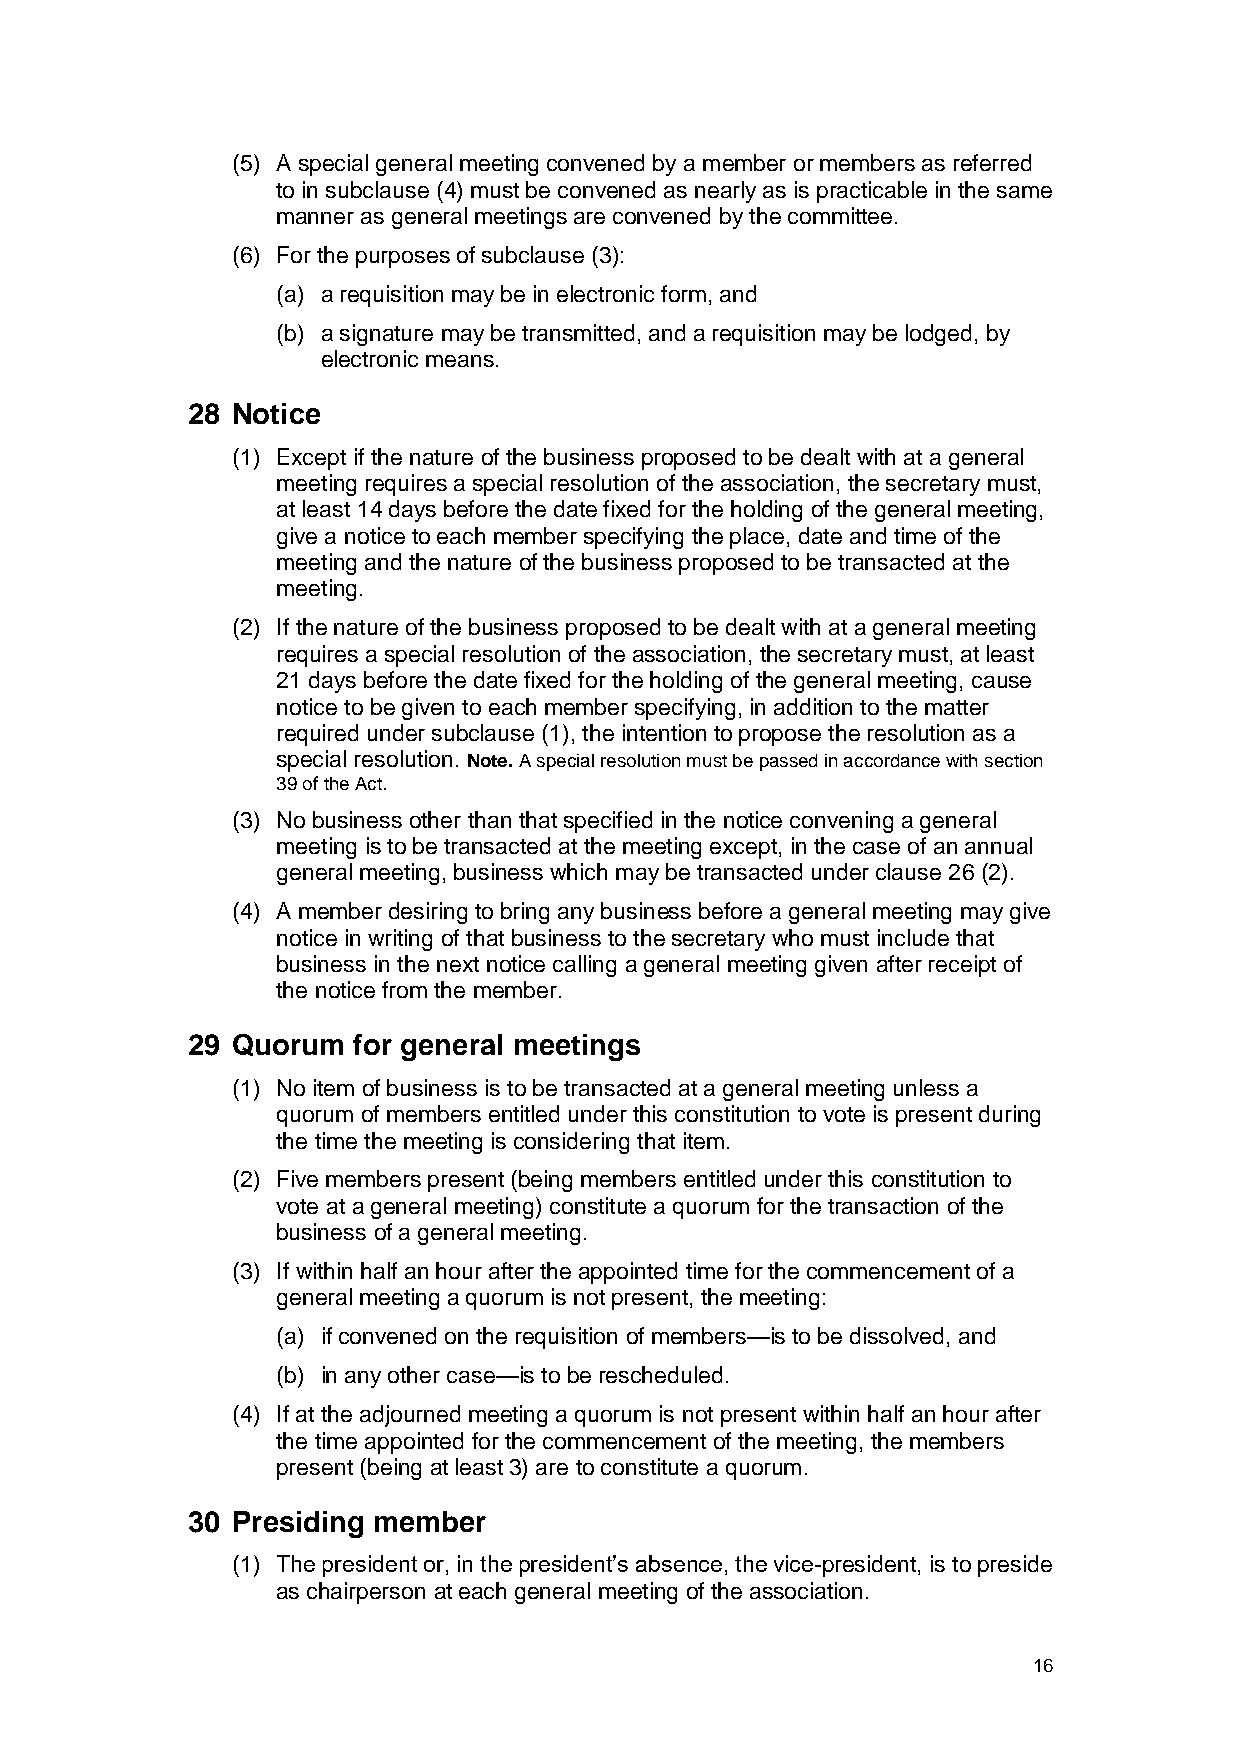
(5) A special general meeting convened by a member or members as referred
 to in subclause (4) must be convened as nearly as is practicable in the same
 manner as general meetings are convened by the committee.
 (6) For the purposes of subclause (3):
 (a) a requisition may be in electronic form, and
 (b) a signature may be transmitted, and a requisition may be lodged, by
 electronic means.
 28 Notice
 (1) Except if the nature of the business proposed to be dealt with at a general
 meeting requires a special resolution of the association, the secretary must,
 at least 14 days before the date fixed for the holding of the general meeting,
 give a notice to each member specifying the place, date and time of the
 meeting and the nature of the business proposed to be transacted at the
 meeting.
 (2) If the nature of the business proposed to be dealt with at a general meeting
 requires a special resolution of the association, the secretary must, at least
 21 days before the date fixed for the holding of the general meeting, cause
 notice to be given to each member specifying, in addition to the matter
 required under subclause (1), the intention to propose the resolution as a
 special resolution. Note. A special resolution must be passed in accordance with section
 39 of the Act.
 (3) No business other than that specified in the notice convening a general
 meeting is to be transacted at the meeting except, in the case of an annual
 general meeting, business which may be transacted under clause 26 (2).
 (4) A member desiring to bring any business before a general meeting may give
 notice in writing of that business to the secretary who must include that
 business in the next notice calling a general meeting given after receipt of
 the notice from the member.
 29 Quorum  for general meetings
 (1) No item of business is to be transacted at a general meeting unless a
 quorum of members entitled under this constitution to vote is present during
 the time the meeting is considering that item.
 (2) Five members present (being members entitled under this constitution to
 vote at a general meeting) constitute a quorum for the transaction of the
 business of a general meeting.
 (3) If within half an hour after the appointed time for the commencement of a
 general meeting a quorum is not present, the meeting:
 (a) if convened on the requisition of members—is to be dissolved, and
 (b) in any other case—is to be rescheduled.
 (4) If at the adjourned meeting a quorum is not present within half an hour after
 the time appointed for the commencement of the meeting, the members
 present (being at least 3) are to constitute a quorum.
 30 Presiding member
 (1) The president or, in the president’s absence, the vice-president, is to preside
 as chairperson at each general meeting of the association.
 16